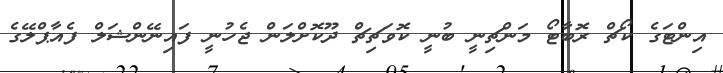
އިންޓަގެ ކޯޗް ރޮބާޓޯ މަންޗިނީ ބުނީ ކޮވަޗިޗް ދޫކޮށްލަން ޖެހުނީ ފައިނޭންޝަލް ފެއާޕްލޭގެ